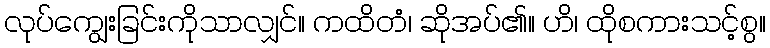
လုပ်ကျွေးခြင်းကိုသာလျှင်။ ကထိတံ၊ ဆိုအပ်၏။ ဟိ၊ ထိုစကားသင့်စွ။